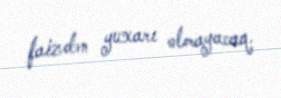
faizdən yuxarı olmayacaq.